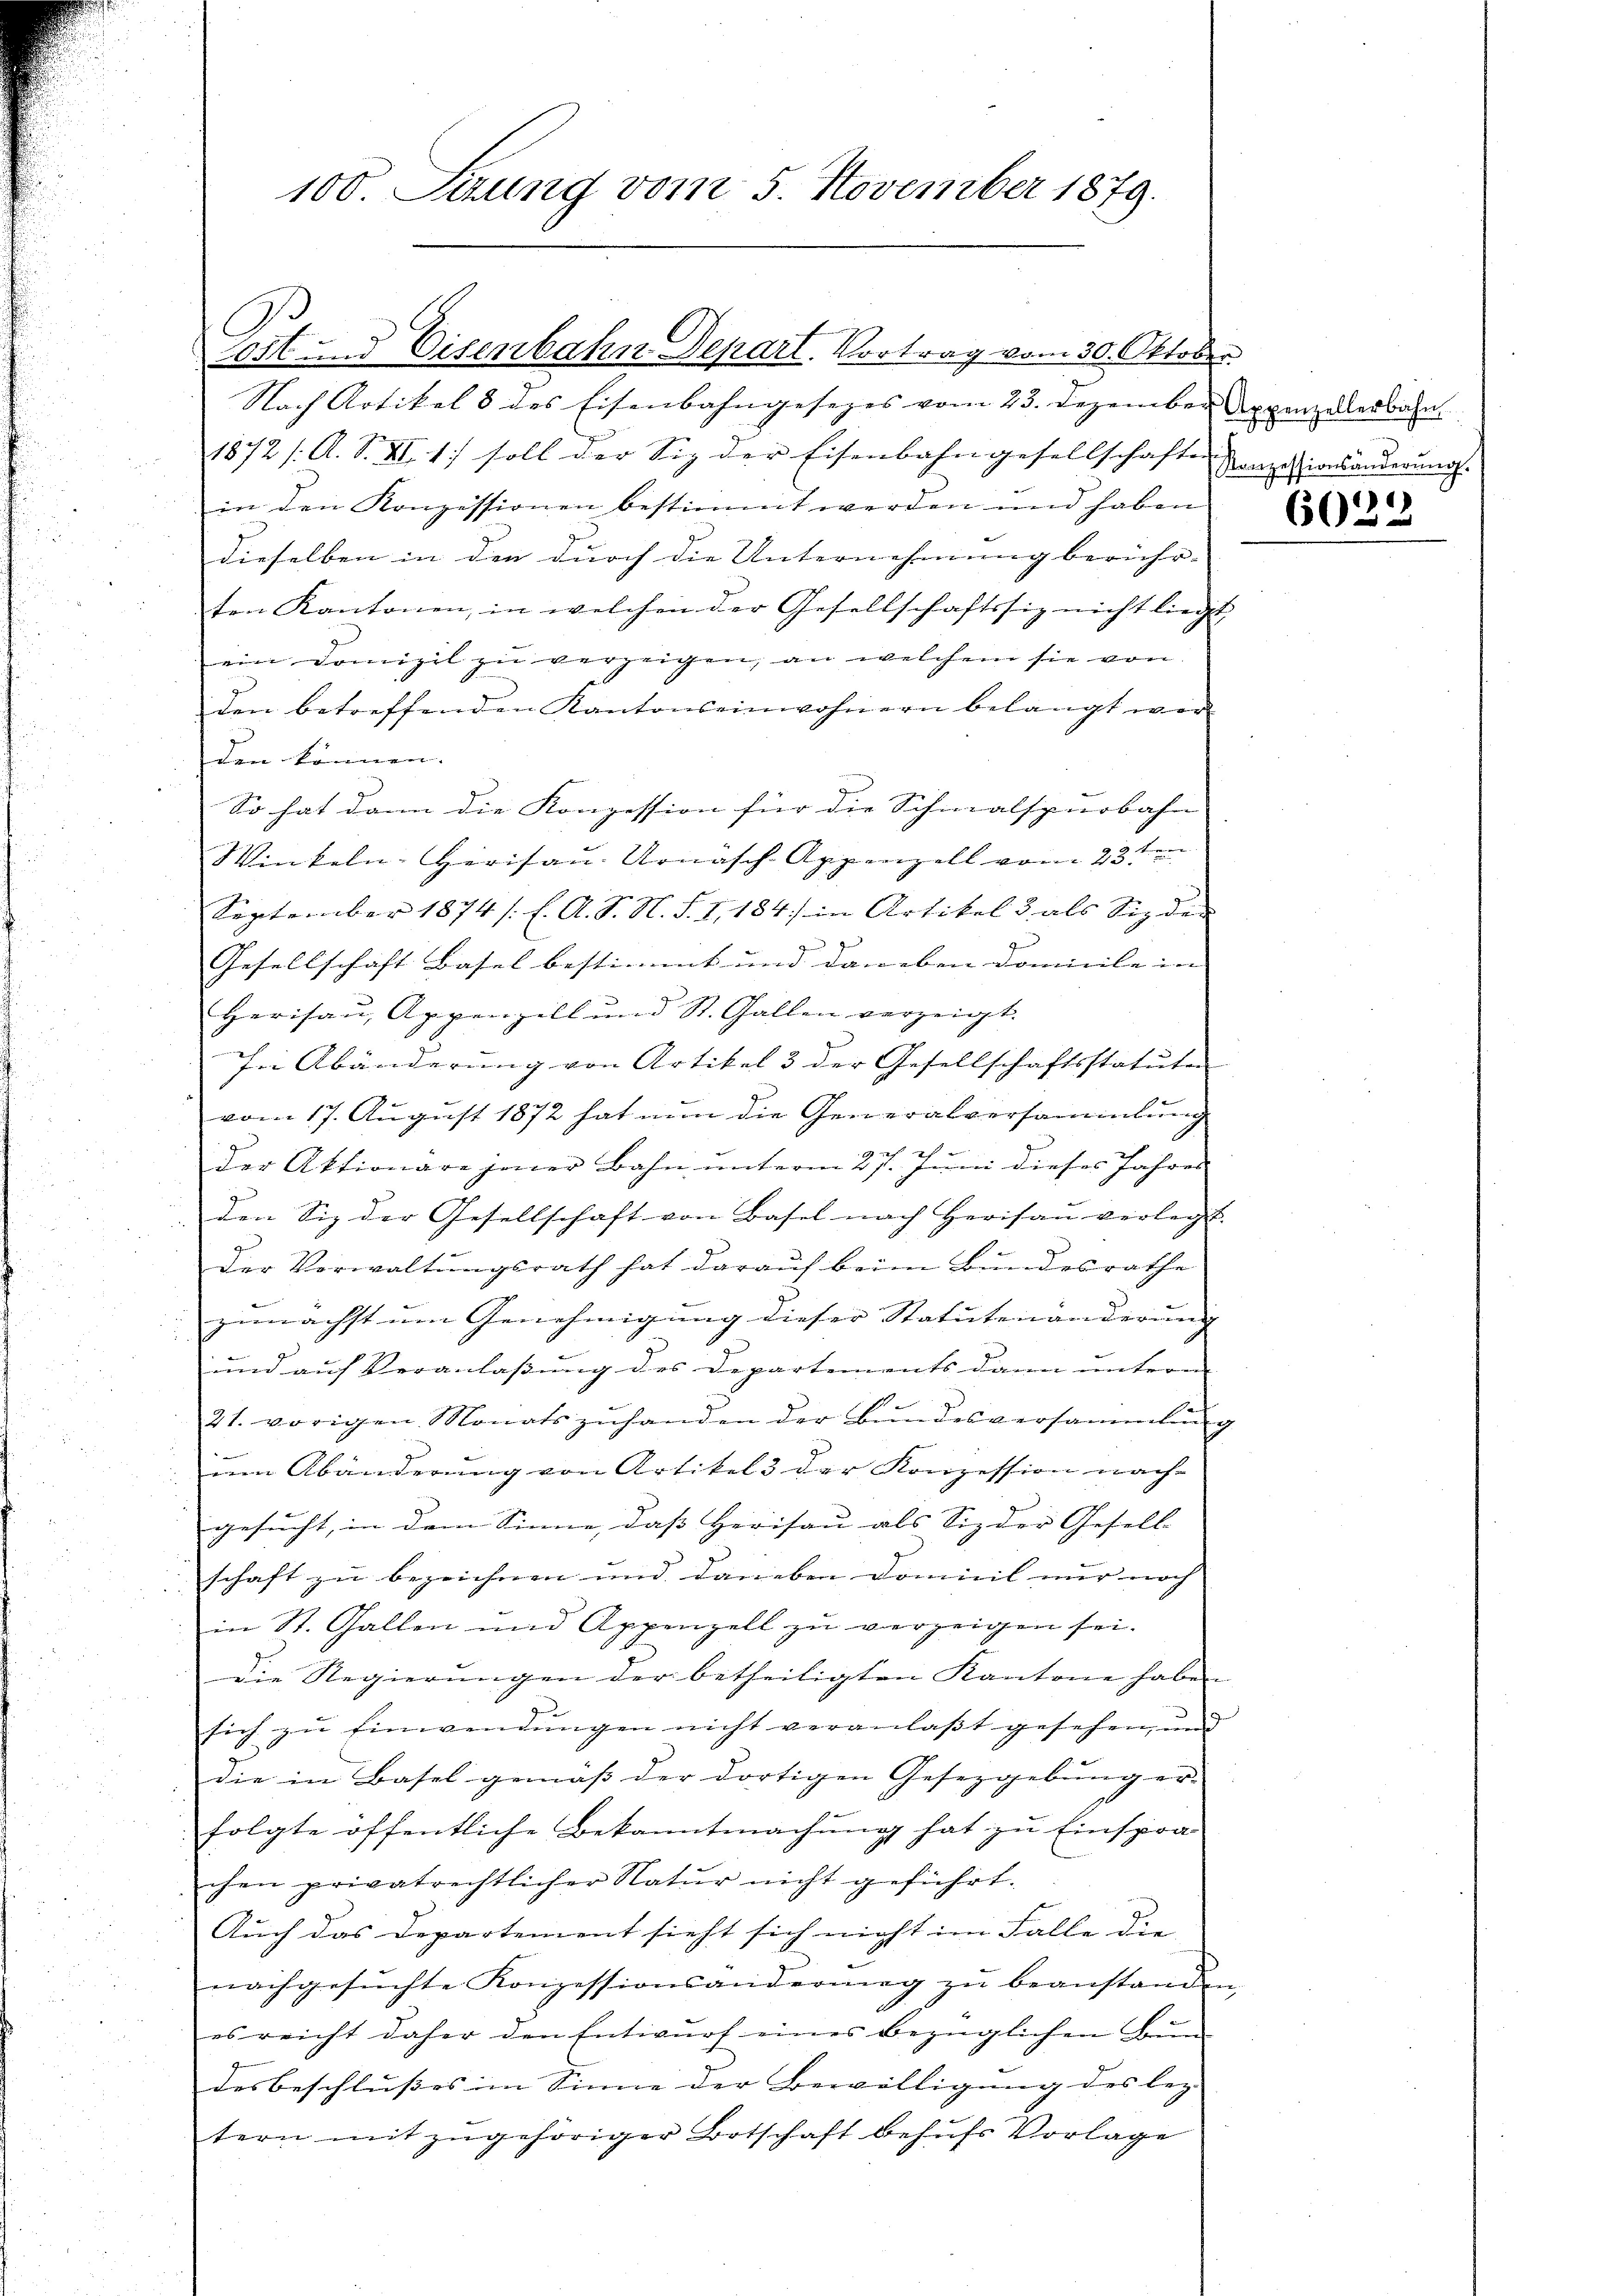
100. Seung vom 5. November 1879.

Nach Artikel 8 des Eisenbahngesezes vom 23. Dezember Appenzellerbahn
1872 /: A. S. XI. 1) soll der Siz der Eisenbahngesellschafte Konzesionsänderung. |
in den Konzessionen bestimmt werden und haben
dieselben in den durch die Unternehmung berühr-
ten Kantonen, in welchen der Gesellschaftssiz nicht liegt
ein Domizil zŭ verzeigen, an welchem sie von
den betreffenden Kantonseinwohnern belangt werd
den können.
So hat dann die Konzession für die Schmalspurbahn |
Winkeln-Herisau-Urnäsch-Appenzell vom 23ten
September 1874 /:E. A. S. N. S. I, 184 in Artikel 3 als Siz der
Gesellschaft Basel bestimmt und daneben domicile in |
Herisau, Appenzell und St. Gallen verzeigt.
In Abänderung von Artikel 3 der Gesellschaftsstatute
vom 17. August 1872 hat nun die Generalversammlung
der Aktionare jener Bahn ŭnterm 27. Jŭni dieses Jahres
den Siz der Gesellschaft von Basel nach Herisau verlegt. |
Der Verwaltungsrath hat darauf beim Bundesrathe
zu
zunächst um Genehmigung dieser Statutenänderung
und auf Veranlassung des Departements dann unteren
21. vorigen Monatszŭhanden der Bundesversammlung

am Abänderung von Artikel 3 der Konzession nachgesucht, in dem Sinne, daß Herisau als Siz der Gesell- |
schaft zu bezeichnen und darieben domicil nur noch |
in St. Gallen und Appenzell zu verzeigen sei.
die Regierungen der betheiligten Kantone haben
sich zu Einwendungen nicht veranlaßt gesehen, und
die in Basel gemäß der dortigen Gesetzgebung er-
folgte öffentliche Bekanntmachung hat zu Einspra-
chen privatrechtlicher Natur nicht geführt.
Auch das Departement sieht sich nicht im Falle die
nachgesuchte Konzessionsänderung zu beanstanden
d
es reicht daher den Entwurf eines bezüglichen Bun-
desbeschlusses im Sinne der Bewilligung des lez
tern mit zugehöriger Botschaft behufs Vorlage

tost und Eisenbahn Depart. Vortrag vom 30. Oktober.

)
60